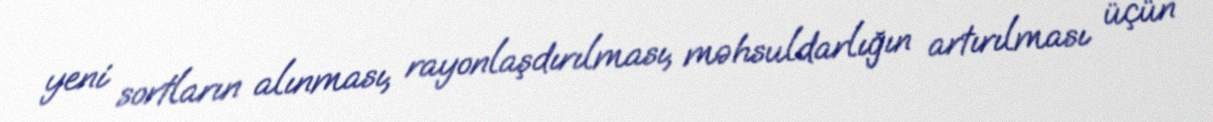
yeni sortların alınması, rayonlaşdırılması, məhsuldarlığın artırılması üçün